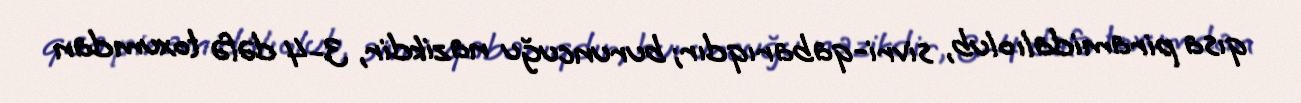
qısa piramidalı olub, sivri-qabarıqdır; buruncuğu nazikdir, 3-4 dəfə toxumdan